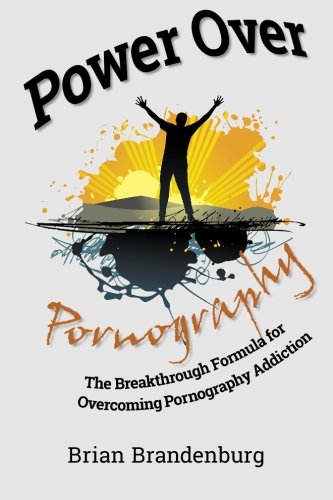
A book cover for Power Over Pornography: The Breakthrough Formula for Overcoming Pornography Addiction; Brian Brandenburg; Health, Fitness & Dieting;